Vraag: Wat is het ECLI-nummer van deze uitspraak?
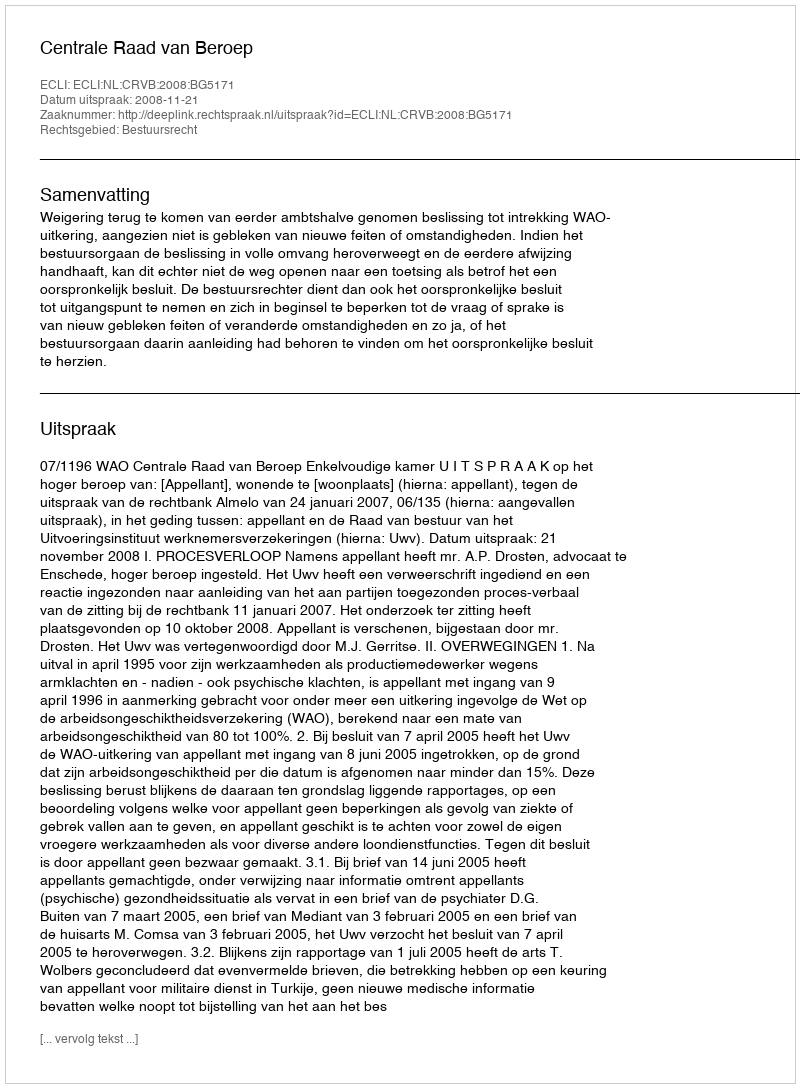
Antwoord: ECLI:NL:CRVB:2008:BG5171